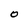
Character: O